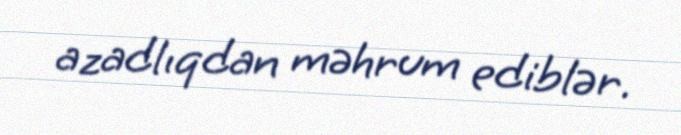
azadlıqdan məhrum ediblər.